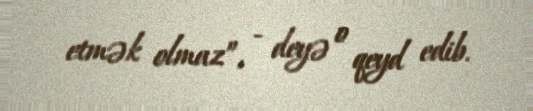
etmək olmaz”, - deyə o qeyd edib.